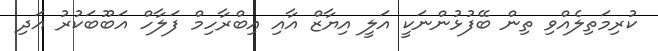
ކުރިމަތިލެއްވި ތިން ބޭފުޅުންނަކީ އަލީ އިޔާޒް އާއި އިބްރާހިމް ފަލާހް އަބޫބަކުރު އަދި